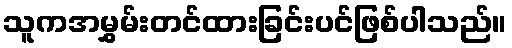
သူကအမွှမ်းတင်ထားခြင်းပင်ဖြစ်ပါသည်။